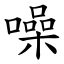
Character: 噪